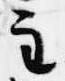
主